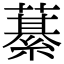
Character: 藄